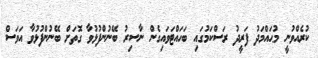
ކުރެއްވުނީ މުޙައްމަދު ފަރީދު ރަސްކަމުގައި ބަހައްޓަވައިގެން ނާސިރު ބޭނުންފުޅުވާ ގޮތަށް ބޭނުންފުޅުވާ އަވަސް